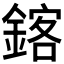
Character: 𫒴